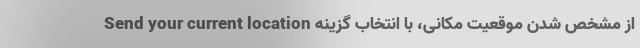
از مشخص شدن موقعیت مکانی، با انتخاب گزینه Send your current location